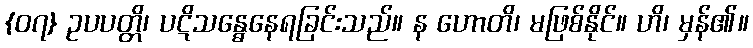
{၀၇} ဥပပတ္တိ၊ ပဋိသန္ဓေနေရခြင်းသည်။ န ဟောတိ၊ မဖြစ်နိုင်။ ဟိ၊ မှန်၏။